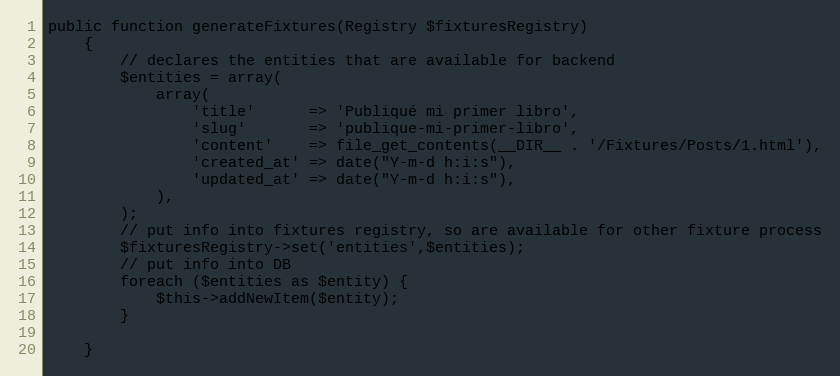
Language: PHP
public function generateFixtures(Registry $fixturesRegistry)
    {
        // declares the entities that are available for backend
        $entities = array(
            array(
                'title'      => 'Publiqué mi primer libro',
                'slug'       => 'publique-mi-primer-libro',
                'content'    => file_get_contents(__DIR__ . '/Fixtures/Posts/1.html'),
                'created_at' => date("Y-m-d h:i:s"),
                'updated_at' => date("Y-m-d h:i:s"),
            ),
        );
        // put info into fixtures registry, so are available for other fixture process
        $fixturesRegistry->set('entities',$entities);
        // put info into DB
        foreach ($entities as $entity) {
            $this->addNewItem($entity);
        }

    }